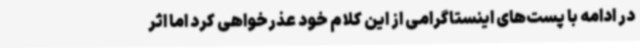
در ادامه با پست‌های اینستاگرامی از این کلام خود عذرخواهی کرد اما اثر